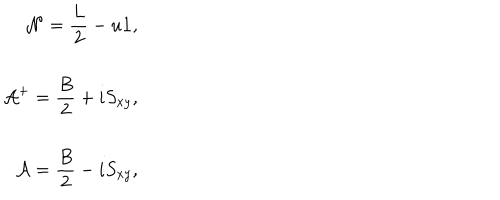
\begin{array} { r l } { { \displaystyle { \cal N } = \frac { L } { 2 } - u { \bf 1 } , } } \\ { { \displaystyle { \cal A } ^ { + } = \frac { B } { 2 } + i S _ { x y } , } } \\ { { \displaystyle { \cal A } = \frac { B } { 2 } - i S _ { x y } , } } \\ \end{array}